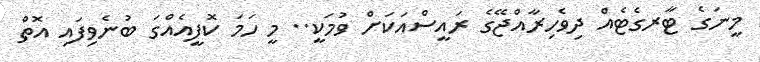
މީނަގެ ޓާރގެޓެއް ދިވެހިރާއްޖޭގެ ރައީސްއަކަށް ވުމަކީ.. މީ ހަމަ ކޮފީއެއްގަ ބުނެވިފައި އޮތް